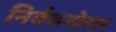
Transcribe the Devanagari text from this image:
निर्वचनोत्तर